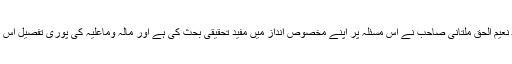
زیر نظر کتاب میں حافظ نعیم الحق ملتانی صاحب نے اس مسئلہ پر اپنے مخصوص انداز میں مفید تحقیقی بحث کی ہے اور مالہ وماعلیہ کی پوری تفصیل اس رسالے میں سمو دی ہے۔